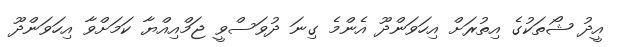
އީދު ޝޯތަކުގެ އިތުރަށް އިހަވަންދޫ އެންމެ ގިނަ ދުވަސްވީ ޖަމްއިއްޔާ ކަމަށްވާ އިހަވަންދޫ